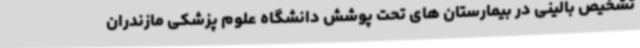
تشخیص بالینی در بیمارستان های تحت پوشش دانشگاه علوم پزشکی مازندران